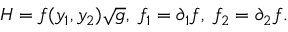
{ \cal H } = f ( y _ { 1 } , y _ { 2 } ) \sqrt { g } , \; f _ { 1 } = \partial _ { 1 } f , \; f _ { 2 } = \partial _ { 2 } f .